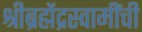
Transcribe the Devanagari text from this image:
श्रीब्रह्मेंद्रस्वामींची